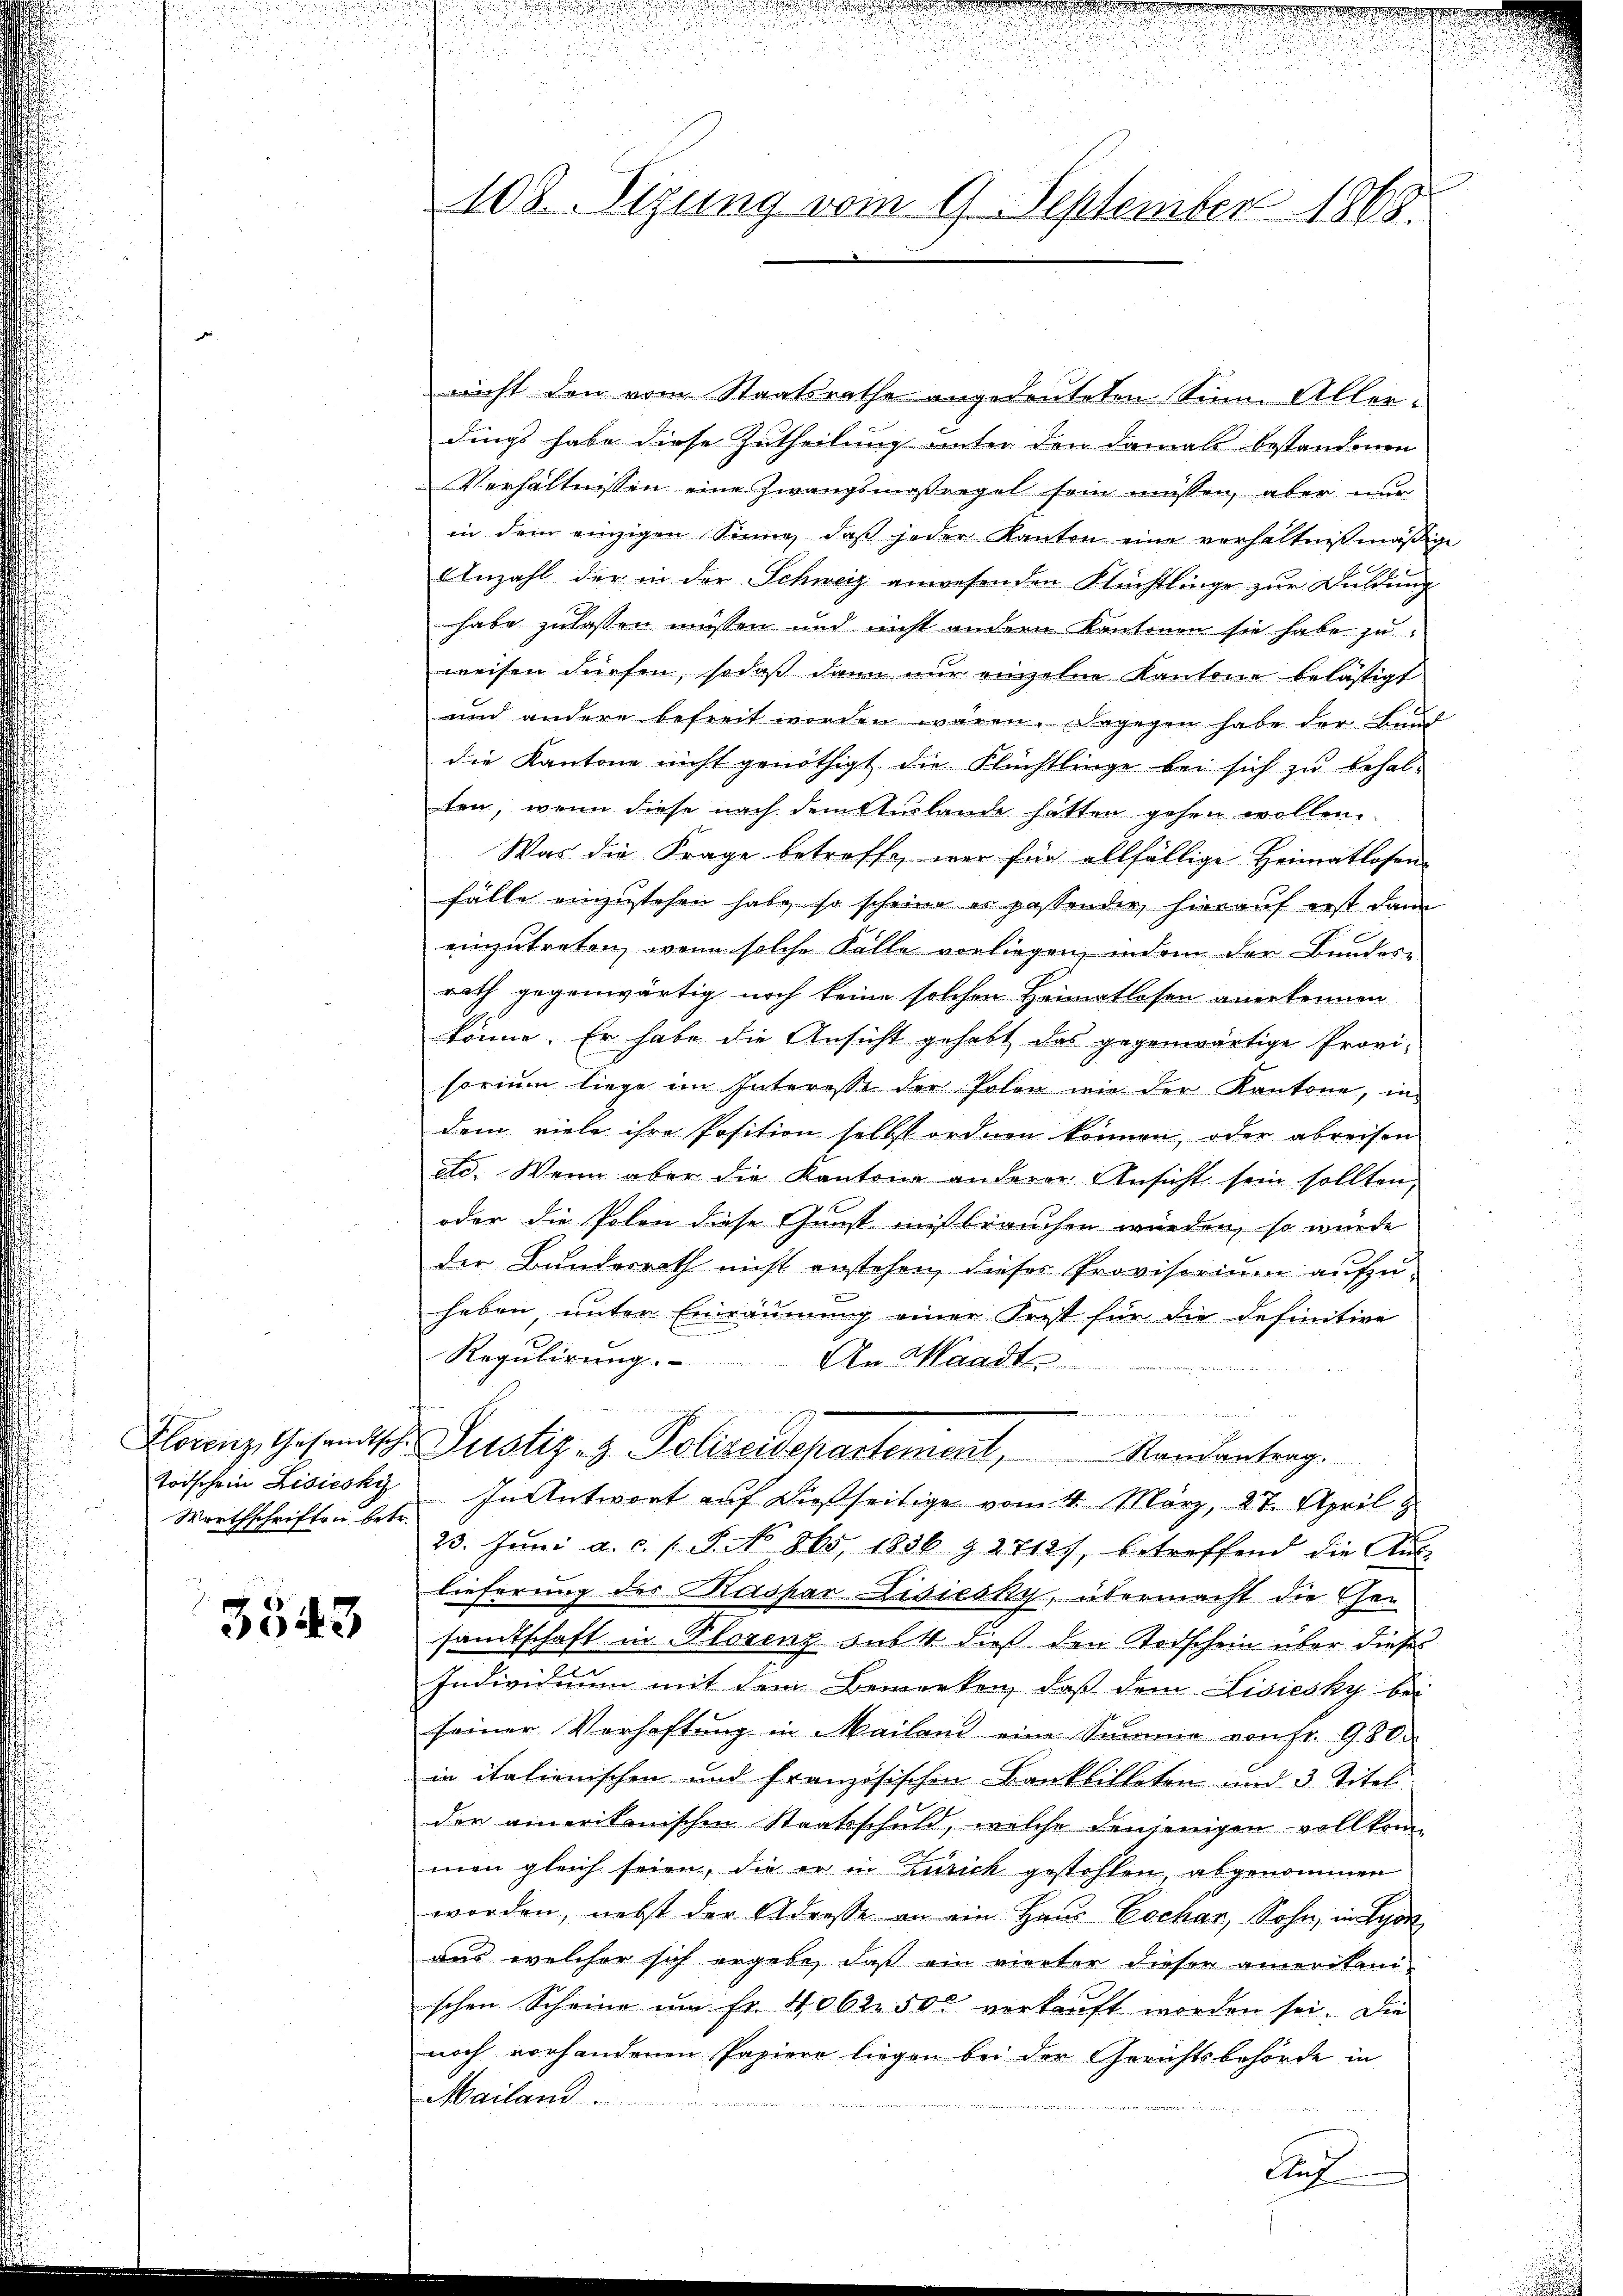
Wirthschriften betr.

5543

108. Sizung vom 9. September 1868.

nicht den vom Staatsrathe angedeuteten Sinn. Aller:
dings habe diese Zutheilung unter den damals bestandenen
Verhältnissen eine Zwangsmaßregel sein müssen, aber nur
in dem einzigen Sinne, daβ jeder Kanton eine verhältnißmäβige
Anzahl der in der Schweiz anwesenden Flüchtlinge zur Duldung
habe zulassen müssen und nicht andern Kantonen sie habe zu
weisen dürfen, sodaß dann nur einzelne Kantone belästigt
und andere befreit worden waren. Dagegen habe der Bund
die Kantone nicht genöthigt die Flüchtlinge bei sich zu behalten, wenn diese nach dem Auslande hatten gehen wollen.
Was die Frage betroffe, wer für allfällige Heimatlosen-
fälle einzustehen habe, so scheine es passender, hierauf erst dann
einzutreten, wenn solche Fälle vorliegen, indem der Bunderi
rath gegenwärtig noch keine solchen Heimatlosen anerkennen
könne. Er habe die Ansicht gehabt, das gegenwärtige Provi-
soriŭm liege im Interesse der Polen wie der Kantone, in
dem viele ihre Position selbst ordnen können, oder abreisen
etc. Wenn aber die Kantone anderer Ansicht sein sollten,
oder die Polen diese Gunst missbrauchen würden, so würde
der Bundesrath nicht anstehen, dieses Provisorium aufzu-
haben, unter Einräumung einer Frist für die definitive
Regulirung.
An Waadt

 i e seiner werden der in die Gemeiner eine
Florenz, Gesandtsche Justiz- & Polizeidepartement, Randantrag.
Todschein Lisiesky In Antwort auf dießseitige vom 4. März, 27. April z
23. Juni a.c. s. S. No. 865. 1856 § 2712), betreffend die Aŭs-
lieferung des Kaspar Lisiesky, übermacht die Gesandtschaft in Florenz subst dieß den Todschein über dieses
Individuum mit dem Bemerken, daß dem Lisiesky bei
seiner Verhaftŭng in Mailand eine Summe von Fr. 980.
in italienischen und Französischen Bankbitteten und 3 Titel
den amerikanischen Staatsschuld, welche denjenigen vollkom-
men gleich seien, die er in Zürich gestohlen, abgenommen
worden, nebst der Adresse an ein Haus Escher, Sohn, in Lyon
was welcher sich ergebe, daß ein vierter dieser amerikani-
schen Scheine ŭm fr. 4062. 50c verkauft worden sei. Die
noch vorhandenen Papiere liegen bei der Gerichtsbehörde in
Mailand
Auf